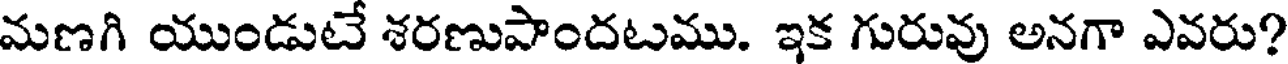
మణగి యుండుటే శరణుపాందటము. ఇక గురువు అనగా ఎవరు?